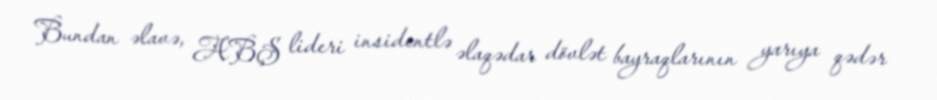
Bundan əlavə, ABŞ lideri insidentlə əlaqədar dövlət bayraqlarının yarıya qədər